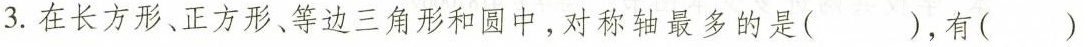
3. 在长方形、正方形、等边三角形和圆中，对称轴最多的是()，有()